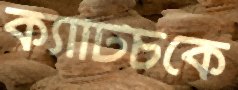
ক্যাটিচকে